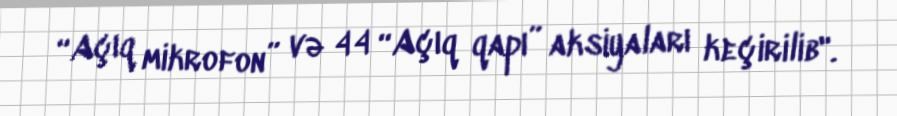
“Açıq mikrofon” və 44 “Açıq qapı” aksiyaları keçirilib".